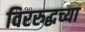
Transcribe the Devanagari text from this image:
विररुद्धच्या